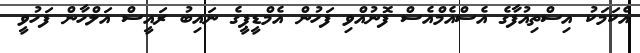
އެކަމަކު އިސްތިއުފާގެ އެސްއެމްއެސް ފޮނުއްވި ފަހުން އެމްޑީޕީގެ ނައިބު ރައީސް އަލްހާން ފަހުވީ